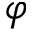
\varphi